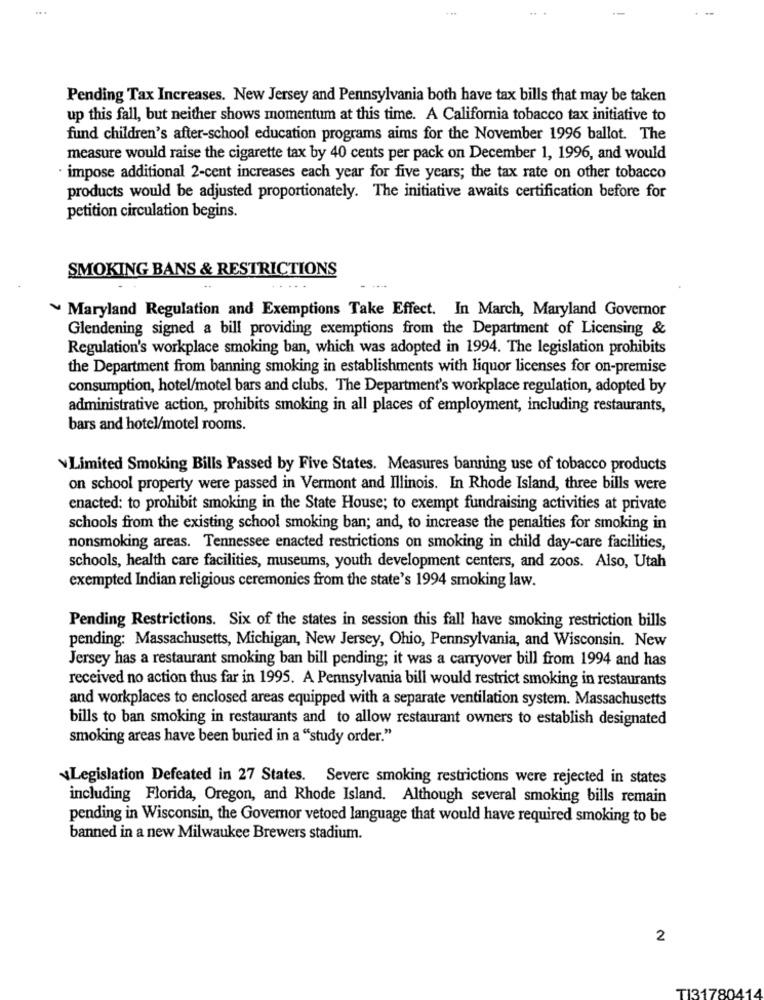
Pending Tax Increases. New Jersey and Pennsylvania both have tax bills that may be taken
up this fall, but neither shows momentum at this time. A California tobacco tax initiative to
fund children's after-school education programs aims for the November 1996 ballot. The
measure would raise the cigarette tax by 40 cents per pack on December 1, 1996, and would
· impose additional 2-cent increases each year for five years; the tax rate on other tobacco
products would be adjusted proportionately. The initiative awaits certification before for
petition circulation begins.
SMOKING BANS & RESTRICTIONS
~ Maryland Regulation and Exemptions Take Effect. In March, Maryland Governor
Glendening signed a bill providing exemptions from the Department of Licensing &
Regulation's workplace smoking ban, which was adopted in 1994. The legislation prohibits
the Department from banning smoking in establishments with liquor licenses for on-premise
consumption, hotel/motel bars and clubs. The Department's workplace regulation, adopted by
administrative action, prohibits smoking in all places of employment, including restaurants,
bars and hotel/motel rooms.
Limited Smoking Bills Passed by Five States. Measures banning use of tobacco products
on school property were passed in Vermont and Illinois. In Rhode Island, three bills were
enacted: to prohibit smoking in the State House; to exempt fundraising activities at private
schools from the existing school smoking ban; and, to increase the penalties for smoking in
nonsmoking areas. Tennessee enacted restrictions on smoking in child day-care facilities,
schools, health care facilities, museums, youth development centers, and zoos. Also, Utah
exempted Indian religious ceremonies from the state's 1994 smoking law.
Pending Restrictions. Six of the states in session this fall have smoking restriction bills
pending: Massachusetts, Michigan, New Jersey, Ohio, Pennsylvania, and Wisconsin. New
Jersey has a restaurant smoking ban bill pending; it was a carryover bill from 1994 and has
received no action thus far in 1995. A Pennsylvania bill would restrict smoking in restaurants
and workplaces to enclosed areas equipped with a separate ventilation system. Massachusetts
bills to ban smoking in restaurants and to allow restaurant owners to establish designated
smoking areas have been buried in a "study order."
Legislation Defeated in 27 States. Severe smoking restrictions were rejected in states
including Florida, Oregon, and Rhode Island. Although several smoking bills remain
pending in Wisconsin, the Governor vetoed language that would have required smoking to be
banned in a new Milwaukee Brewers stadium.
2
780
T13